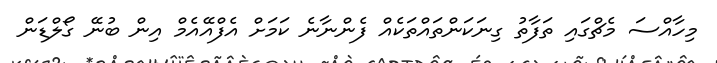
މިހާއްސަ މެޗްގައި ތަފާތު ގިނަކަންތައްތަކެއް ފެންނާނެ ކަމަށް އެފްއޭއެމް އިން ބުނޭ ގޯލްޑަން